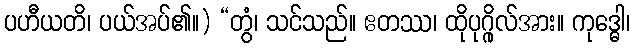
ပဟီယတိ၊ ပယ်အပ်၏။) “တွံ၊ သင်သည်။ ဧတဿ၊ ထိုပုဂ္ဂိုလ်အား။ ကုဒ္ဓေါ၊